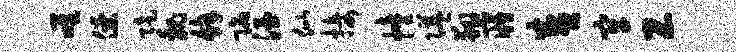
唯僚陡魏余陷酒似接幢隘翔寤盛牢工